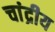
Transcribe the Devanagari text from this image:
चांद्रीय